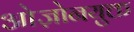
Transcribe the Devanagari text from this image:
ओज़ोनयुक्त